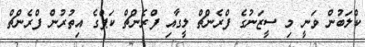
ކްލަބުން ވަނީ މި ސީޒަނުގެ ފްރެންޗް ލީގާއި ފްރެންޗް ކަޕްގެ އިތުރުން ފްރެންޗް